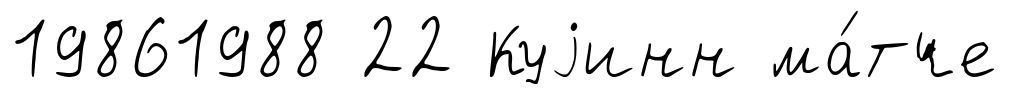
19861988 22 Куjинн ма́тче